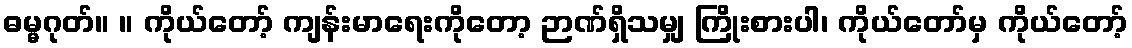
ဓမ္မဂုတ်။ ။ ကိုယ်တော့် ကျန်းမာရေးကိုတော့ ဉာဏ်ရှိသမျှ ကြိုးစားပါ၊ ကိုယ်တော်မှ ကိုယ်တော့်